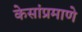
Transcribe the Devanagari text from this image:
केसांप्रमाणे